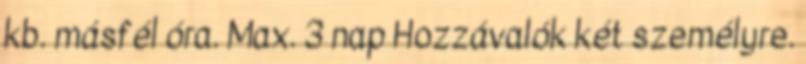
kb. másfél óra. Max. 3 nap Hozzávalók két személyre.